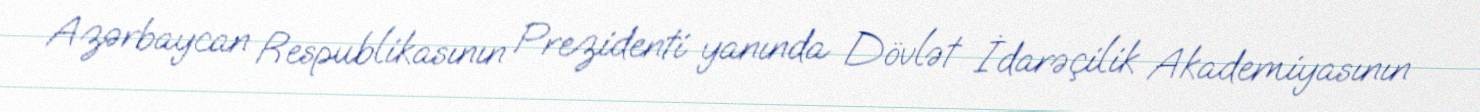
Azərbaycan Respublikasının Prezidenti yanında Dövlət İdarəçilik Akademiyasının